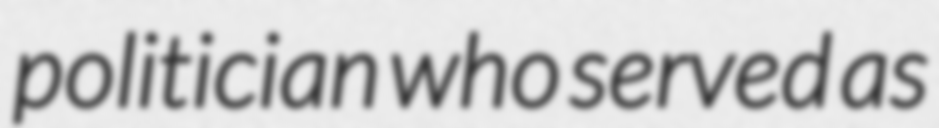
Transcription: politician who served as